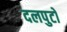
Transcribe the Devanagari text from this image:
दलपुटों